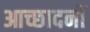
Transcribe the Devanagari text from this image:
आच्छादनों